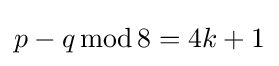
p-q\operatorname {mod} 8=4k+1